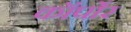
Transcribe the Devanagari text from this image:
कॉर्पोर